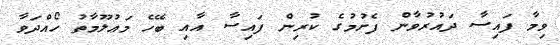
ވިމާ ފައިސާ ދައުރުވާން ފެށުމުގެ ކުރިން ފައިސާ އާއި ބޭހެ މަޢުލޫމާތު ހޯއްދަވާ